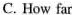
C. How far